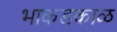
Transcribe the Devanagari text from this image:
भाकडकाळ